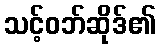
သင့်ဝဘ်ဆိုဒ်၏